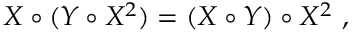
X \circ ( Y \circ X ^ { 2 } ) = ( X \circ Y ) \circ X ^ { 2 } \ ,